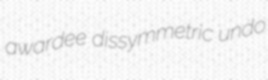
awardee dissymmetric undo